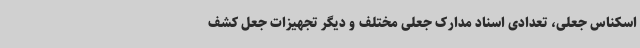
اسکناس جعلی، تعدادی اسناد مدارک جعلی مختلف و دیگر تجهیزات جعل کشف